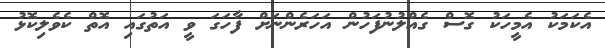
އެކަމަކު އެމީހަކު ގޮސް ގެއްލުނުފަހުން އަހަރެންނަށް ފާހަގަ ވީ އަތުގައި އޮތް ކެވެލިކޮޅު